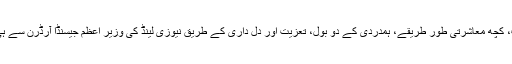
کاش کہ ہم تھوڑی سی ہمدردی، کچھ انسانیت، کچھ ادب آداب، کچھ معاشرتی طور طریقے، ہمدردی کے دو بول، تعزیت اور دل داری کے طریق نیوزی لینڈ کی وزیر اعظم جیسنڈا آرڈرن سے ہی سیکھ لیں کہ حکمت کی ہر بات مومن کی گم شدہ متاع ہے۔